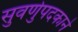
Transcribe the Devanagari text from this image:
सुवर्णुपदकाने